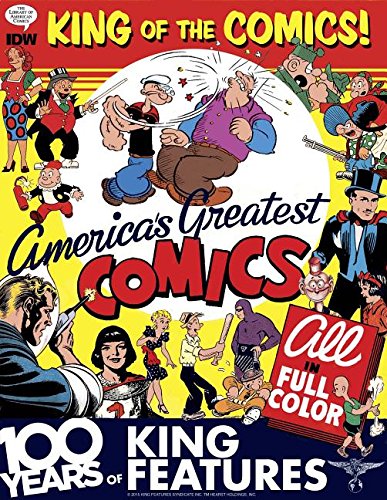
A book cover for King of the Comics: One Hundred Years of King Features Syndicate (The Library of American Comics); Dean Mullaney; Comics & Graphic Novels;